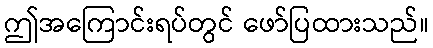
ဤအကြောင်းရပ်တွင် ဖော်ပြထားသည်။